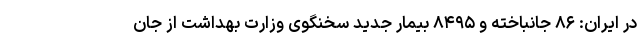
در ایران: ۸۶ جانباخته و ۸۴۹۵ بیمار جدید سخنگوی وزارت بهداشت از جان